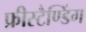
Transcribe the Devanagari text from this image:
फ्रीस्टैण्डिंग